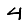
Digit: 4